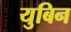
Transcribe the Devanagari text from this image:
युबिन